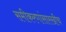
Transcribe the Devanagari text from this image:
समीकरणांसारखीच